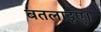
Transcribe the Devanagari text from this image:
बतलाइए।